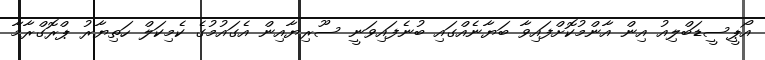
އޯޕީސީޑަބްލިއު އިން އާންމުކޮށްފައިވާ ބަޔާނެއްގައި ބުނެފައިވަނީ ސޫރިޔާއިން އެގައުމުގެ ކެމިކަލް ހަތިޔާރު ޕްރޮގްރާމާ